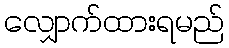
လျှောက်ထားရမည်